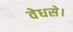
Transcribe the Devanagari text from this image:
वेधसे।